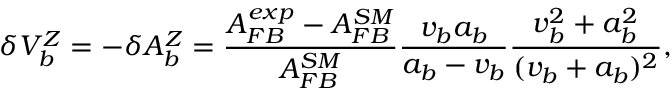
\delta V _ { b } ^ { Z } = - \delta A _ { b } ^ { Z } = \frac { A _ { F B } ^ { e x p } - A _ { F B } ^ { S M } } { A _ { F B } ^ { S M } } \frac { v _ { b } a _ { b } } { a _ { b } - v _ { b } } \frac { v _ { b } ^ { 2 } + a _ { b } ^ { 2 } } { ( v _ { b } + a _ { b } ) ^ { 2 } } ,